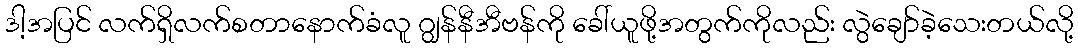
ဒါ့အပြင် လက်ရှိလက်စတာနောက်ခံလူ ဂျွန်နီအီဗန်ကို ခေါ်ယူဖို့အတွက်ကိုလည်း လွဲချော်ခဲ့သေးတယ်လို့